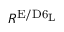
R ^ { \mathrm { E / D 6 _ { L } } }